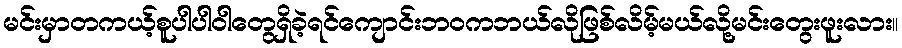
မင်းမှာတကယ့်စူပါပါဝါတွေရှိခဲ့ရင်ကျောင်းဘဝကဘယ်လိုဖြစ်လိမ့်မယ်လို့မင်းတွေးဖူးလား။